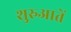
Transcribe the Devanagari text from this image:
शुरुआतें